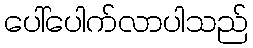
ပေါ်ပေါက်လာပါသည်